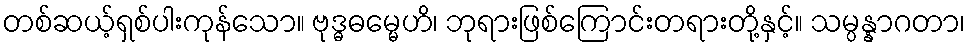
တစ်ဆယ့်ရှစ်ပါးကုန်သော။ ဗုဒ္ဓဓမ္မေဟိ၊ ဘုရားဖြစ်ကြောင်းတရားတို့နှင့်။ သမ္ပန္နာဂတာ၊